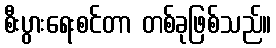
စီးပွားရေးစင်တာ တစ်ခုဖြစ်သည်။